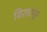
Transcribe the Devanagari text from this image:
विराटपुर